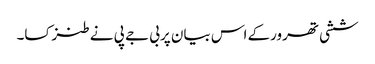
ششی تھرورکے اس بیان پربی جے پی نے طنزکسا۔